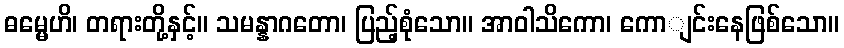
ဓမ္မေဟိ၊ တရားတို့နှင့်။ သမန္နာဂတော၊ ပြည့်စုံသော။ အာဝါသိကော၊ ကောျင်းနေဖြစ်သော။